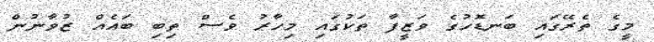
މީގެ ތެރޭގައި ބަނޑޮހުގެ ވަޒީފާ ތަކުގައި މިހާރު ވެސް ތިބި ބައެއް ޒުވާނުން